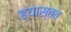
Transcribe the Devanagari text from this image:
ह्यास्तव